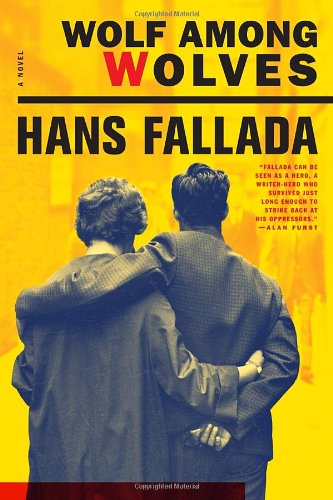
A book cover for Wolf Among Wolves; Hans Fallada; Romance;